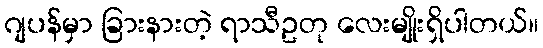
ဂျပန်မှာ ခြားနားတဲ့ ရာသီဥတု လေးမျိုးရှိပါတယ်။